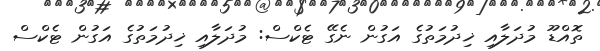
ތޮއްޑޫ މުދަލާއި ޚިދުމަތުގެ އަގުން ނެގޭ ޓެކްސް: މުދަލާއި ޚިދުމަތުގެ އަގުން ޓެކްސް